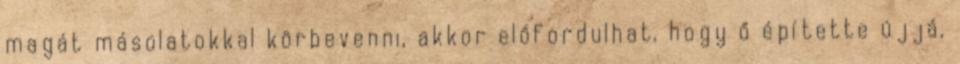
magát másolatokkal körbevenni, akkor előfordulhat, hogy ő építette újjá,